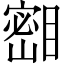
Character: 𪾺